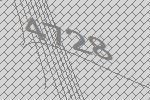
4728